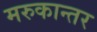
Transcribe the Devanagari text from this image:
मरुकान्तर